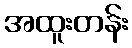
အထူးတန်း